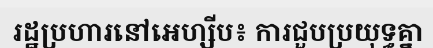
រដ្ឋប្រហារនៅអេហ្សីប៖ ការជួបប្រយុទ្ធគ្នា